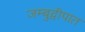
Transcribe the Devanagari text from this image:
जम्बुद्वीपात